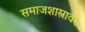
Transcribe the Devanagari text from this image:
समाजशास्त्रावर